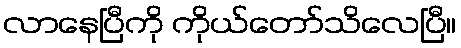
လာနေပြီကို ကိုယ်တော်သိလေပြီ။